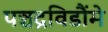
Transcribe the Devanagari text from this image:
पञ्चद्रविडौंमे